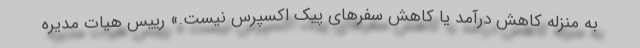
به منزله کاهش درآمد یا کاهش سفرهای پیک اکسپرس نیست.» رییس هیات مدیره